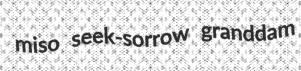
miso seek-sorrow granddam